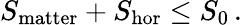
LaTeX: S_{\mathrm{matter}}+S_{\mathrm{hor}}\leq S_{0}\, .